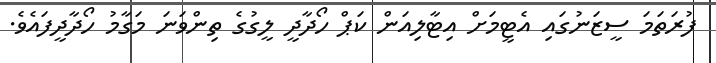
ފުރަތަމަ ސީޒަނުގައި އެޓީމަށް އިޓާލިއަން ކަޕް ހޯދާދީ ލީގުގެ ތިންވަނަ މަގާމު ހޯދާދީފައެވެ.